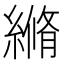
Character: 𦃬